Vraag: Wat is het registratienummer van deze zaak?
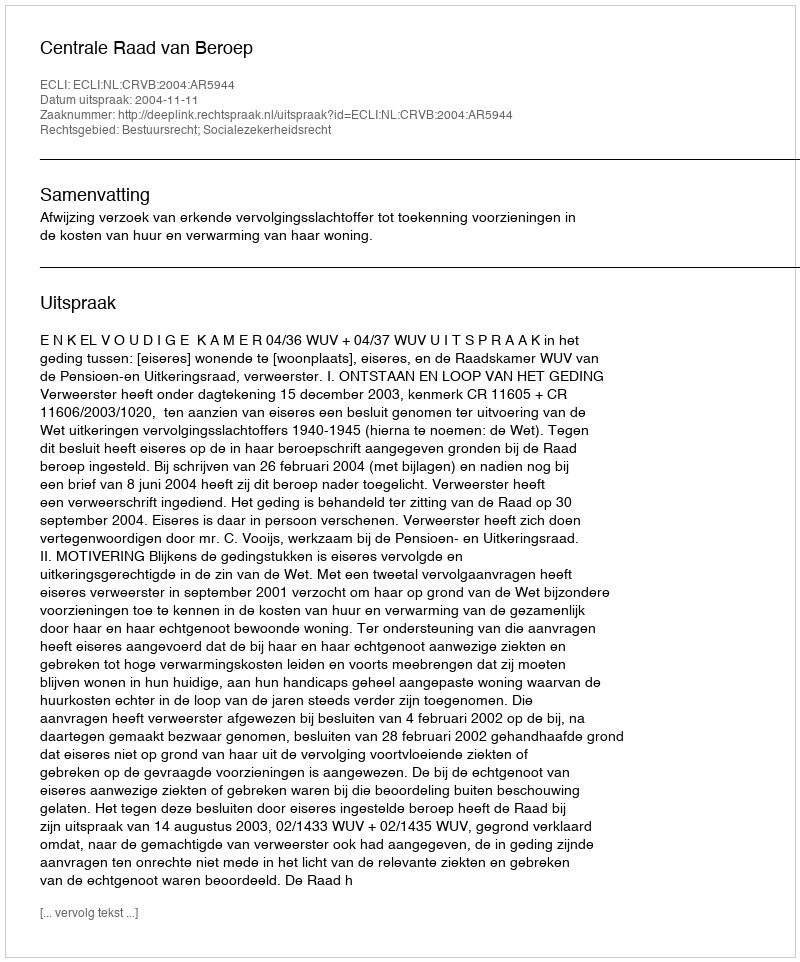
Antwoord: http://deeplink.rechtspraak.nl/uitspraak?id=ECLI:NL:CRVB:2004:AR5944